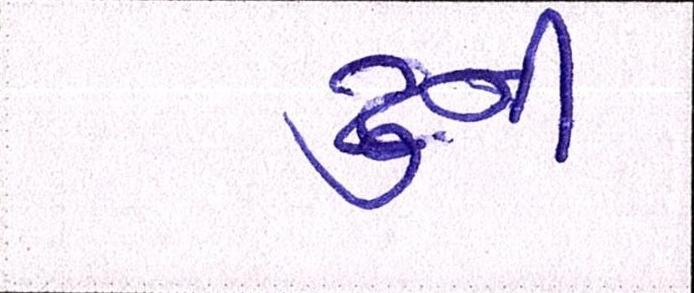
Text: ટુની